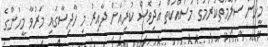
މީހުން ސަލާމަތްކުރުމުގެ މަސައްކަތް އަދިވެސް ކުރިއަށް ދާއިރު މި ހާދިސާގައި މަރުވާ މީހުންގެ